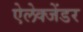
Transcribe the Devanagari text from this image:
ऐलेक्जेंडर